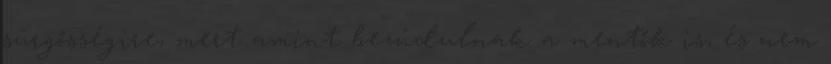
sürgősségire, mert amint bezúdulnak a mentők is, és nem